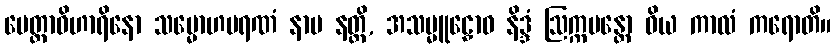
မေတ္တာဝိဟာရိနော သမ္မောဟမရဏံ နာမ နတ္ထိ, အသမ္မူဠှောဝ နိဒ္ဒံ ဩက္ကမန္တော ဝိယ ကာလံ ကရောတိ။